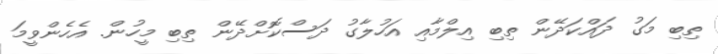
ތިބި މަގު ދައްކަދޭން ތިބި އިލްމާއި އަހުލާގު ދަސްކޮށްދޭން ތިބި މީހުން. އެހެންވީމަ